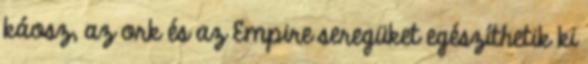
káosz, az ork és az Empire seregüket egészíthetik ki